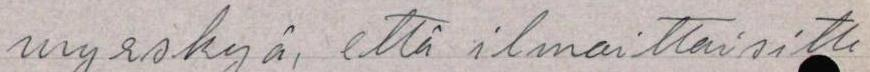
myrskyä, että ilmoittaisitte